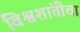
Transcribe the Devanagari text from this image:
विश्वशांतीचा